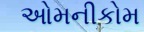
ઓમનીકોમ